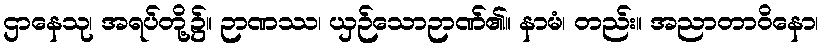
ဌာနေသု၊ အရပ်တို့၌။ ဉာဏဿ၊ ယှဉ်သောဉာဏ်၏။ နာမံ၊ တည်း။ အညာတာဝိနော၊